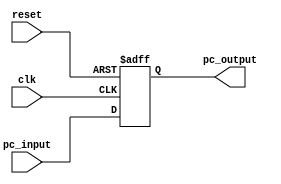

module PC (
    input clk, reset,
    input [31:0] pc_input,
    output reg [31:0] pc_output
);

    always @(posedge clk or posedge reset) begin
        if (reset)
            pc_output <= 32'b0;
        else
            pc_output <= pc_input;
    end

endmodule

module NextPC (
    input [31:0] from_pc,
    output [31:0] next_to_pc
);

    assign next_to_pc = (from_pc + 1) % 32;

endmodule